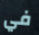
في